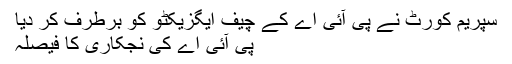
سپریم کورٹ نے پی آئی اے کے چیف ایگزیکٹو کو برطرف کر دیا
پی آئی اے کی نجکاری کا فیصلہ